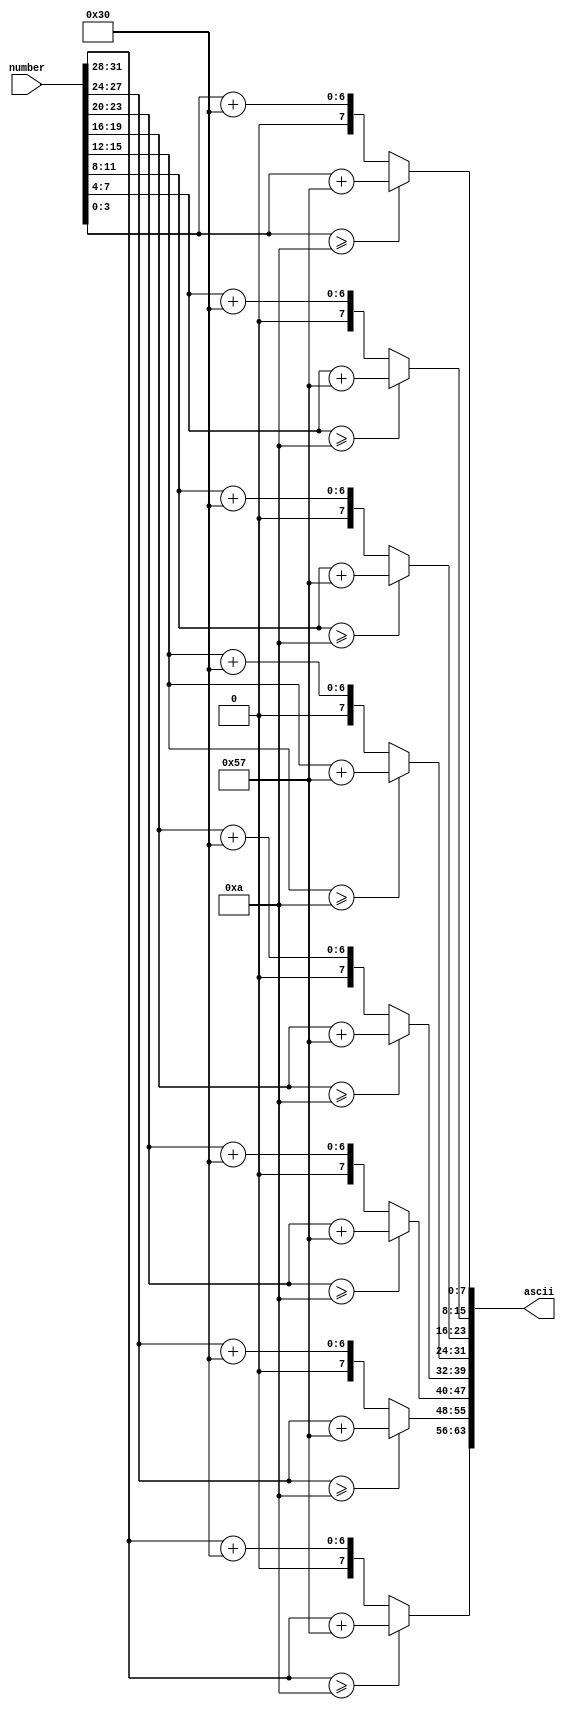
module Hex2ASC (
    input [31:0] number,
    output [63:0] ascii
);

reg [7:0] ascii_1, ascii_2, ascii_3, ascii_4, ascii_5, ascii_6, ascii_7, ascii_8;

always @(*) begin
    if (number[31:28] >= 4'd10)
        ascii_1 = {{4'b0}, {number[31:28]}} + 8'd87;
    else
        ascii_1 = {{4'b0}, {number[31:28]}} + 8'd48;
end

always @(*) begin
    if (number[27:24] >= 4'd10)
        ascii_2 = {{4'b0}, {number[27:24]}} + 8'd87;
    else
        ascii_2 = {{4'b0}, {number[27:24]}} + 8'd48;
end

always @(*) begin
    if (number[23:20] >= 4'd10)
        ascii_3 = {{4'b0}, {number[23:20]}} + 8'd87;
    else
        ascii_3 = {{4'b0}, {number[23:20]}} + 8'd48;
end

always @(*) begin
    if (number[19:16] >= 4'd10)
        ascii_4 = {{4'b0}, {number[19:16]}} + 8'd87;
    else
        ascii_4 = {{4'b0}, {number[19:16]}} + 8'd48;
end

always @(*) begin
    if (number[15:12] >= 4'd10)
        ascii_5 = {{4'b0}, {number[15:12]}} + 8'd87;
    else
        ascii_5 = {{4'b0}, {number[15:12]}} + 8'd48;
end

always @(*) begin
    if (number[11:8] >= 4'd10)
        ascii_6 = {{4'b0}, {number[11:8]}} + 8'd87;
    else
        ascii_6 = {{4'b0}, {number[11:8]}} + 8'd48;
end

always @(*) begin
    if (number[7:4] >= 4'd10)
        ascii_7 = {{4'b0}, {number[7:4]}} + 8'd87;
    else
        ascii_7 = {{4'b0}, {number[7:4]}} + 8'd48;
end

always @(*) begin
    if (number[3:0] >= 4'd10)
        ascii_8 = {{4'b0}, {number[3:0]}} + 8'd87;
    else
        ascii_8 = {{4'b0}, {number[3:0]}} + 8'd48;
end

assign ascii = {ascii_1, ascii_2, ascii_3, ascii_4, ascii_5, ascii_6, ascii_7, ascii_8};

endmodule